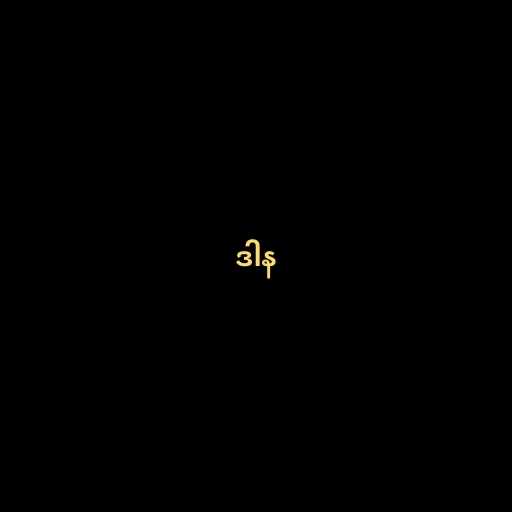
ဒါန